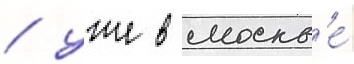
/ уже в москв'е́